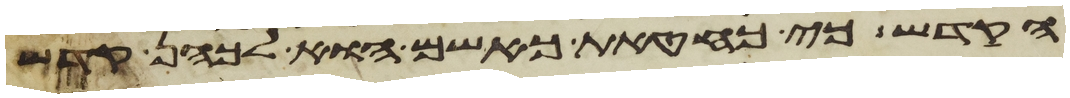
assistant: הקדש כי כחטאת כאשם הוא לכהן קדש